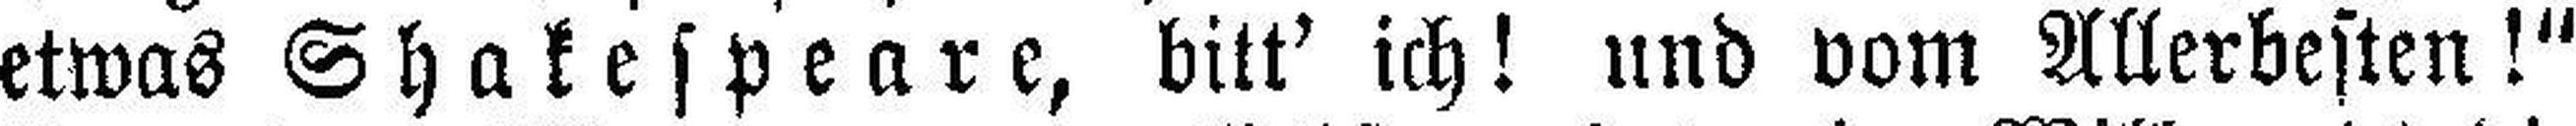
etwas Shakespeare, bitt' ich! und vom Allerbesten!"